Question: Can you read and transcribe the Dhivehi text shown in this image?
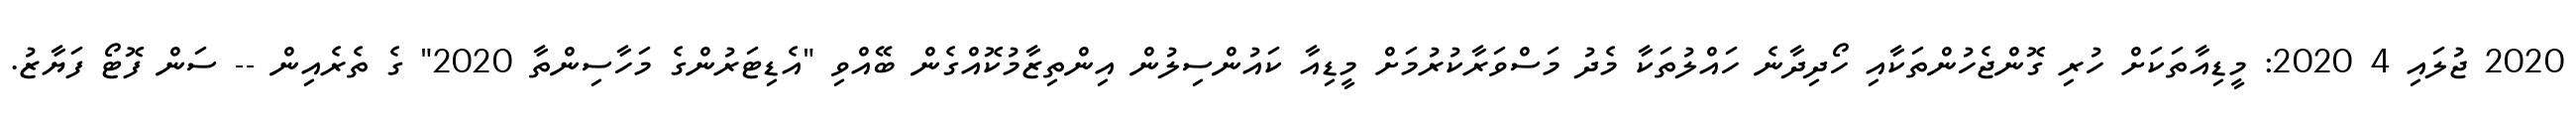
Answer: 2020 ޖުލައި 4 2020: މީޑިއާތަކަށް ހުރި ގޮންޖެހުންތަކާއި ހޯދިދާނެ ހައްލުތަކާ މެދު މަސްވަރާކުރުމަށް މީޑިއާ ކައުންސިލުން އިންތިޒާމުކޮއްގެން ބޭއްވި "އެޑިޓަރުންގެ މަހާސިންތާ 2020" ގެ ތެރެއިން -- ސަން ފޮޓޯ ފަޔާޒު.